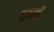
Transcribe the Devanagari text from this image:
बुडली